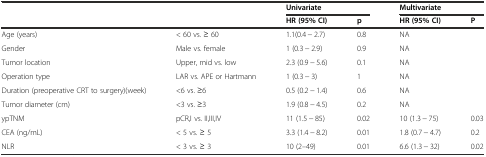
| <COLSPAN=2>  | <COLSPAN=2> Univariate | <COLSPAN=2> Multivariate |
 | <COLSPAN=2>  | HR (95% CI) | p | HR (95% CI) | P |
 | --- | --- | --- | --- | --- | --- |
 | Age (years) | < 60 vs. ≥ 60 | 1.1(0.4 − 2.7) | 0.8 | NA |  |
 | Gender | Male vs. female | 1 (0.3 − 2.9) | 0.9 | NA |  |
 | Tumor location | Upper, mid vs. low | 2.3 (0.9 − 5.6) | 0.1 | NA |  |
 | Operation type | LAR vs. APE or Hartmann | 1 (0.3 − 3) | 1 | NA |  |
 | Duration (preoperative CRT to surgery)(week) | <6 vs. ≥6 | 0.5 (0.2 − 1.4) | 0.6 | NA |  |
 | Tumor diameter (cm) | <3 vs. ≥3 | 1.9 (0.8 − 4.5) | 0.2 | NA |  |
 | ypTNM | pCR,I vs. II,III,IV | 11 (1.5 − 85) | 0.02 | 10 (1.3 − 75) | 0.03 |
 | CEA (ng/mL) | < 5 vs. ≥ 5 | 3.3 (1.4 − 8.2) | 0.01 | 1.8 (0.7 − 4.7) | 0.2 |
 | NLR | < 3 vs. ≥ 3 | 10 (2–49) | 0.01 | 6.6 (1.3 − 32) | 0.02 |